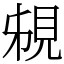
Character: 䙻